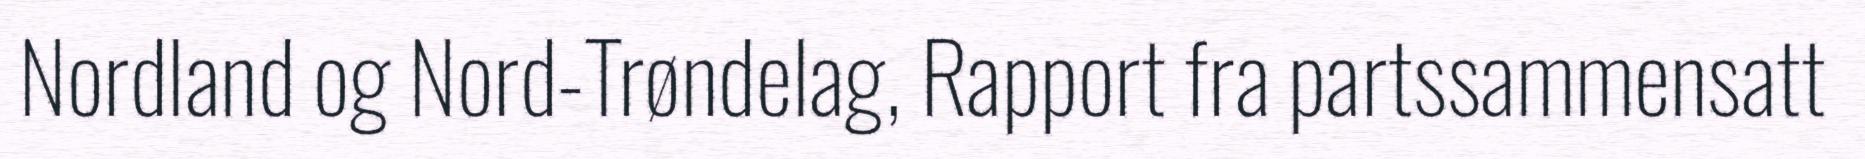
Nordland og Nord-Trøndelag, Rapport fra partssammensatt